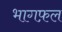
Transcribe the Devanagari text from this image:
भागफ़ल